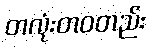
တလုံးတဝတည်း